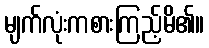
မျက်လုံးကစားကြည့်မိ၏။